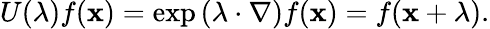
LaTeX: U(\mathbf{\lambda})f(\mathbf{x})=\exp\left(\mathbf{\lambda}\cdot\nabla\right)f(\mathbf{x})=f(\mathbf{x}+\mathbf{\lambda}).